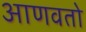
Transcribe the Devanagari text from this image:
आणवतो